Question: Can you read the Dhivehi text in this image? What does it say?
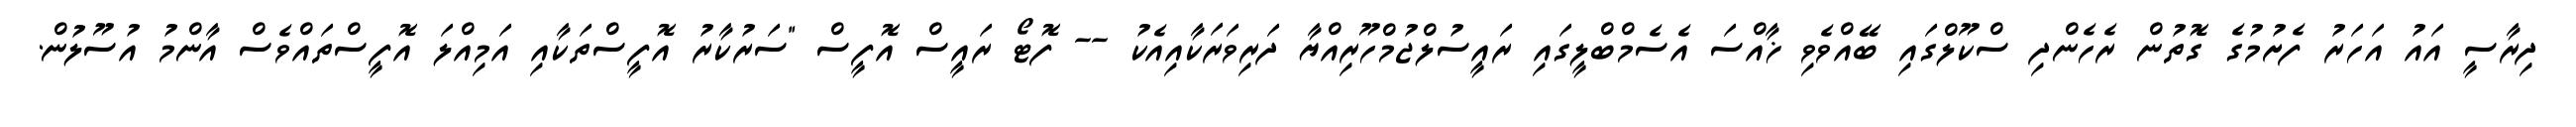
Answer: ދިރާސީ އައު އަހަރު ފެށުމުގެ ގޮތުން ރެހެންދި ސްކޫލްގައި ބޭއްވެވި ޚާއްސަ އެސެމްބްލީގައި ރައީސުލްޖުމްހޫރިއްޔާ ދަރިވަރަކާއިއެކު -- ފޮޓޯ ރައީސް އޮފީސް "ސަރުކާރު އޮފީސްތަކާއި އަމިއްލަ އޮފީސްތައްވެސް އާންމު އުސޫލުން.